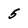
Character: 5